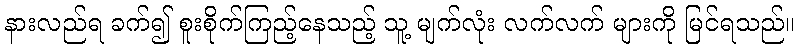
နားလည်ရ ခက်၍ စူးစိုက်ကြည့်နေသည့် သူ့ မျက်လုံး လက်လက် များကို မြင်ရသည်။